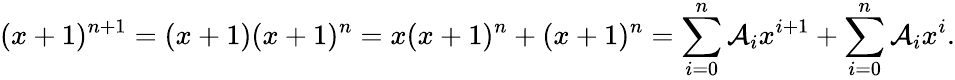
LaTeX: (x+1)^{n+1}=(x+1)(x+1)^{n}=x(x+1)^{n}+(x+1)^{n}=\sum_{i=0}^{n}\mathcal{A}_{i}x^{i+1}+\sum_{i=0}^{n}\mathcal{A}_{i}x^{i}.